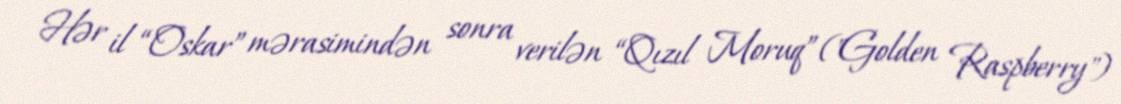
Hər il “Oskar” mərasimindən sonra verilən “Qızıl Moruq” ("Golden Raspberry")